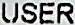
USER